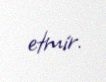
etmir.